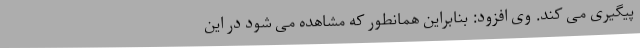
پیگیری می کند. وی افزود: بنابراین همانطور که مشاهده می شود در این